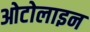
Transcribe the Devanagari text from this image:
ओटोलाइन